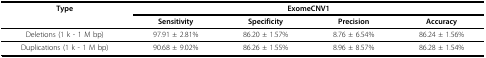
<table><thead><tr><td><b>Type</b></td><td colspan="4"><b>ExomeCNV1</b></td></tr><tr><td></td><td><b>Sensitivity</b></td><td><b>Specificity</b></td><td><b>Precision</b></td><td><b>Accuracy</b></td></tr></thead><tbody><tr><td>Deletions (1 k - 1 M bp)</td><td>97.91 ± 2.81%</td><td>86.20 ± 1.57%</td><td>8.76 ± 6.54%</td><td>86.24 ± 1.56%</td></tr><tr><td>Duplications (1 k - 1 M bp)</td><td>90.68 ± 9.02%</td><td>86.26 ± 1.55%</td><td>8.96 ± 8.57%</td><td>86.28 ± 1.54%</td></tr></tbody></table>